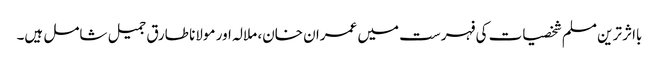
بااثر ترین مسلم شخصیات کی فہرست میں عمران خان، ملالہ اور مولانا طارق جمیل شامل ہیں۔